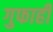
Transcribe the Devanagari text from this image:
गुफाही